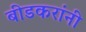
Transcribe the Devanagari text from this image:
बीडकरांनी